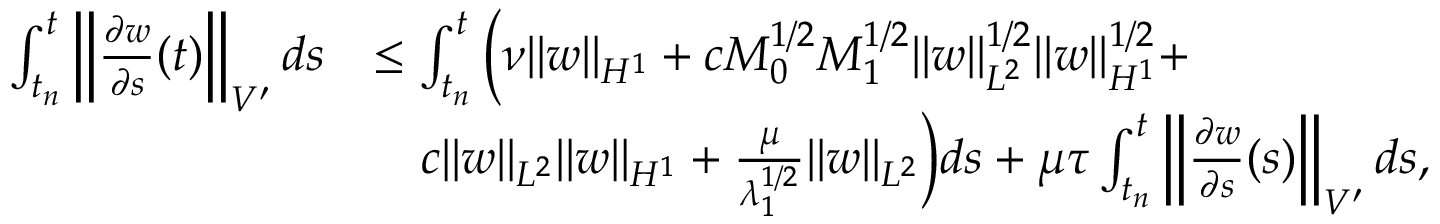
\begin{array} { r l } { \int _ { t _ { n } } ^ { t } \left\| \frac { \partial w } { \partial s } ( t ) \right\| _ { V ^ { \prime } } d s } & { \leq \int _ { t _ { n } } ^ { t } \Big ( \nu \| w \| _ { H ^ { 1 } } + c M _ { 0 } ^ { 1 / 2 } M _ { 1 } ^ { 1 / 2 } \| w \| _ { L ^ { 2 } } ^ { 1 / 2 } \| w \| _ { H ^ { 1 } } ^ { 1 / 2 } \Big . + } \\ & { \quad \Big . c \| w \| _ { L ^ { 2 } } \| w \| _ { H ^ { 1 } } + \frac { \mu } { \lambda _ { 1 } ^ { 1 / 2 } } \| w \| _ { L ^ { 2 } } \Big ) d s + \mu \tau \int _ { t _ { n } } ^ { t } \left\| \frac { \partial w } { \partial s } ( s ) \right\| _ { V ^ { \prime } } d s , } \end{array}